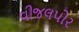
વીજલપોર